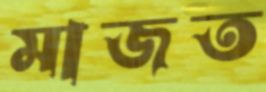
মাজত